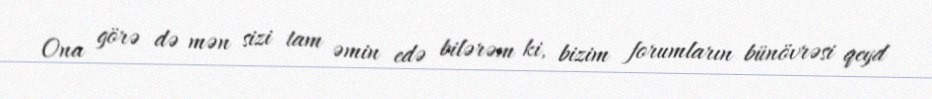
Ona görə də mən sizi tam əmin edə bilərəm ki, bizim forumların bünövrəsi qeyd